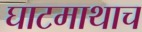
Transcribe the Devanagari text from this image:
घाटमाथाच